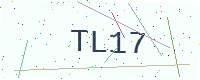
Text: TL17